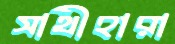
সাথীহারা